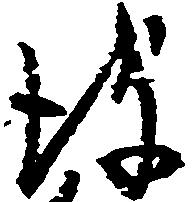
彼